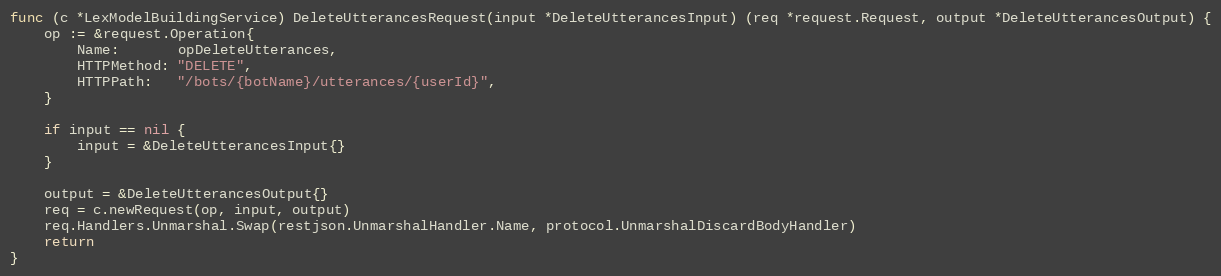
Language: Go
func (c *LexModelBuildingService) DeleteUtterancesRequest(input *DeleteUtterancesInput) (req *request.Request, output *DeleteUtterancesOutput) {
	op := &request.Operation{
		Name:       opDeleteUtterances,
		HTTPMethod: "DELETE",
		HTTPPath:   "/bots/{botName}/utterances/{userId}",
	}

	if input == nil {
		input = &DeleteUtterancesInput{}
	}

	output = &DeleteUtterancesOutput{}
	req = c.newRequest(op, input, output)
	req.Handlers.Unmarshal.Swap(restjson.UnmarshalHandler.Name, protocol.UnmarshalDiscardBodyHandler)
	return
}